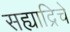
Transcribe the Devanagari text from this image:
सह्याद्रिचे